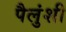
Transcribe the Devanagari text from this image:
पैलुंशी